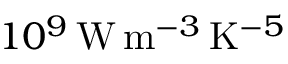
1 0 ^ { 9 } \, \mathrm { W } \, \mathrm { m } ^ { - 3 } \, \mathrm { K } ^ { - 5 }